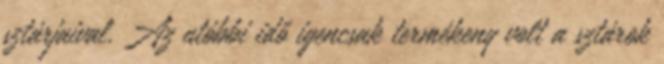
sztárjaival. Az utóbbi idő igencsak termékeny volt a sztárok